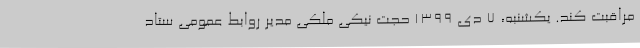
مراقبت کند. یکشنبه، ۷ دی ۱۳۹۹ حجت نیکی ملکی مدیر روابط عمومی ستاد